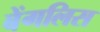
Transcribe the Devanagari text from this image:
बेंगलिस